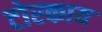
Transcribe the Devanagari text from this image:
टोरकाय